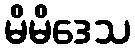
မိမိဒေသ